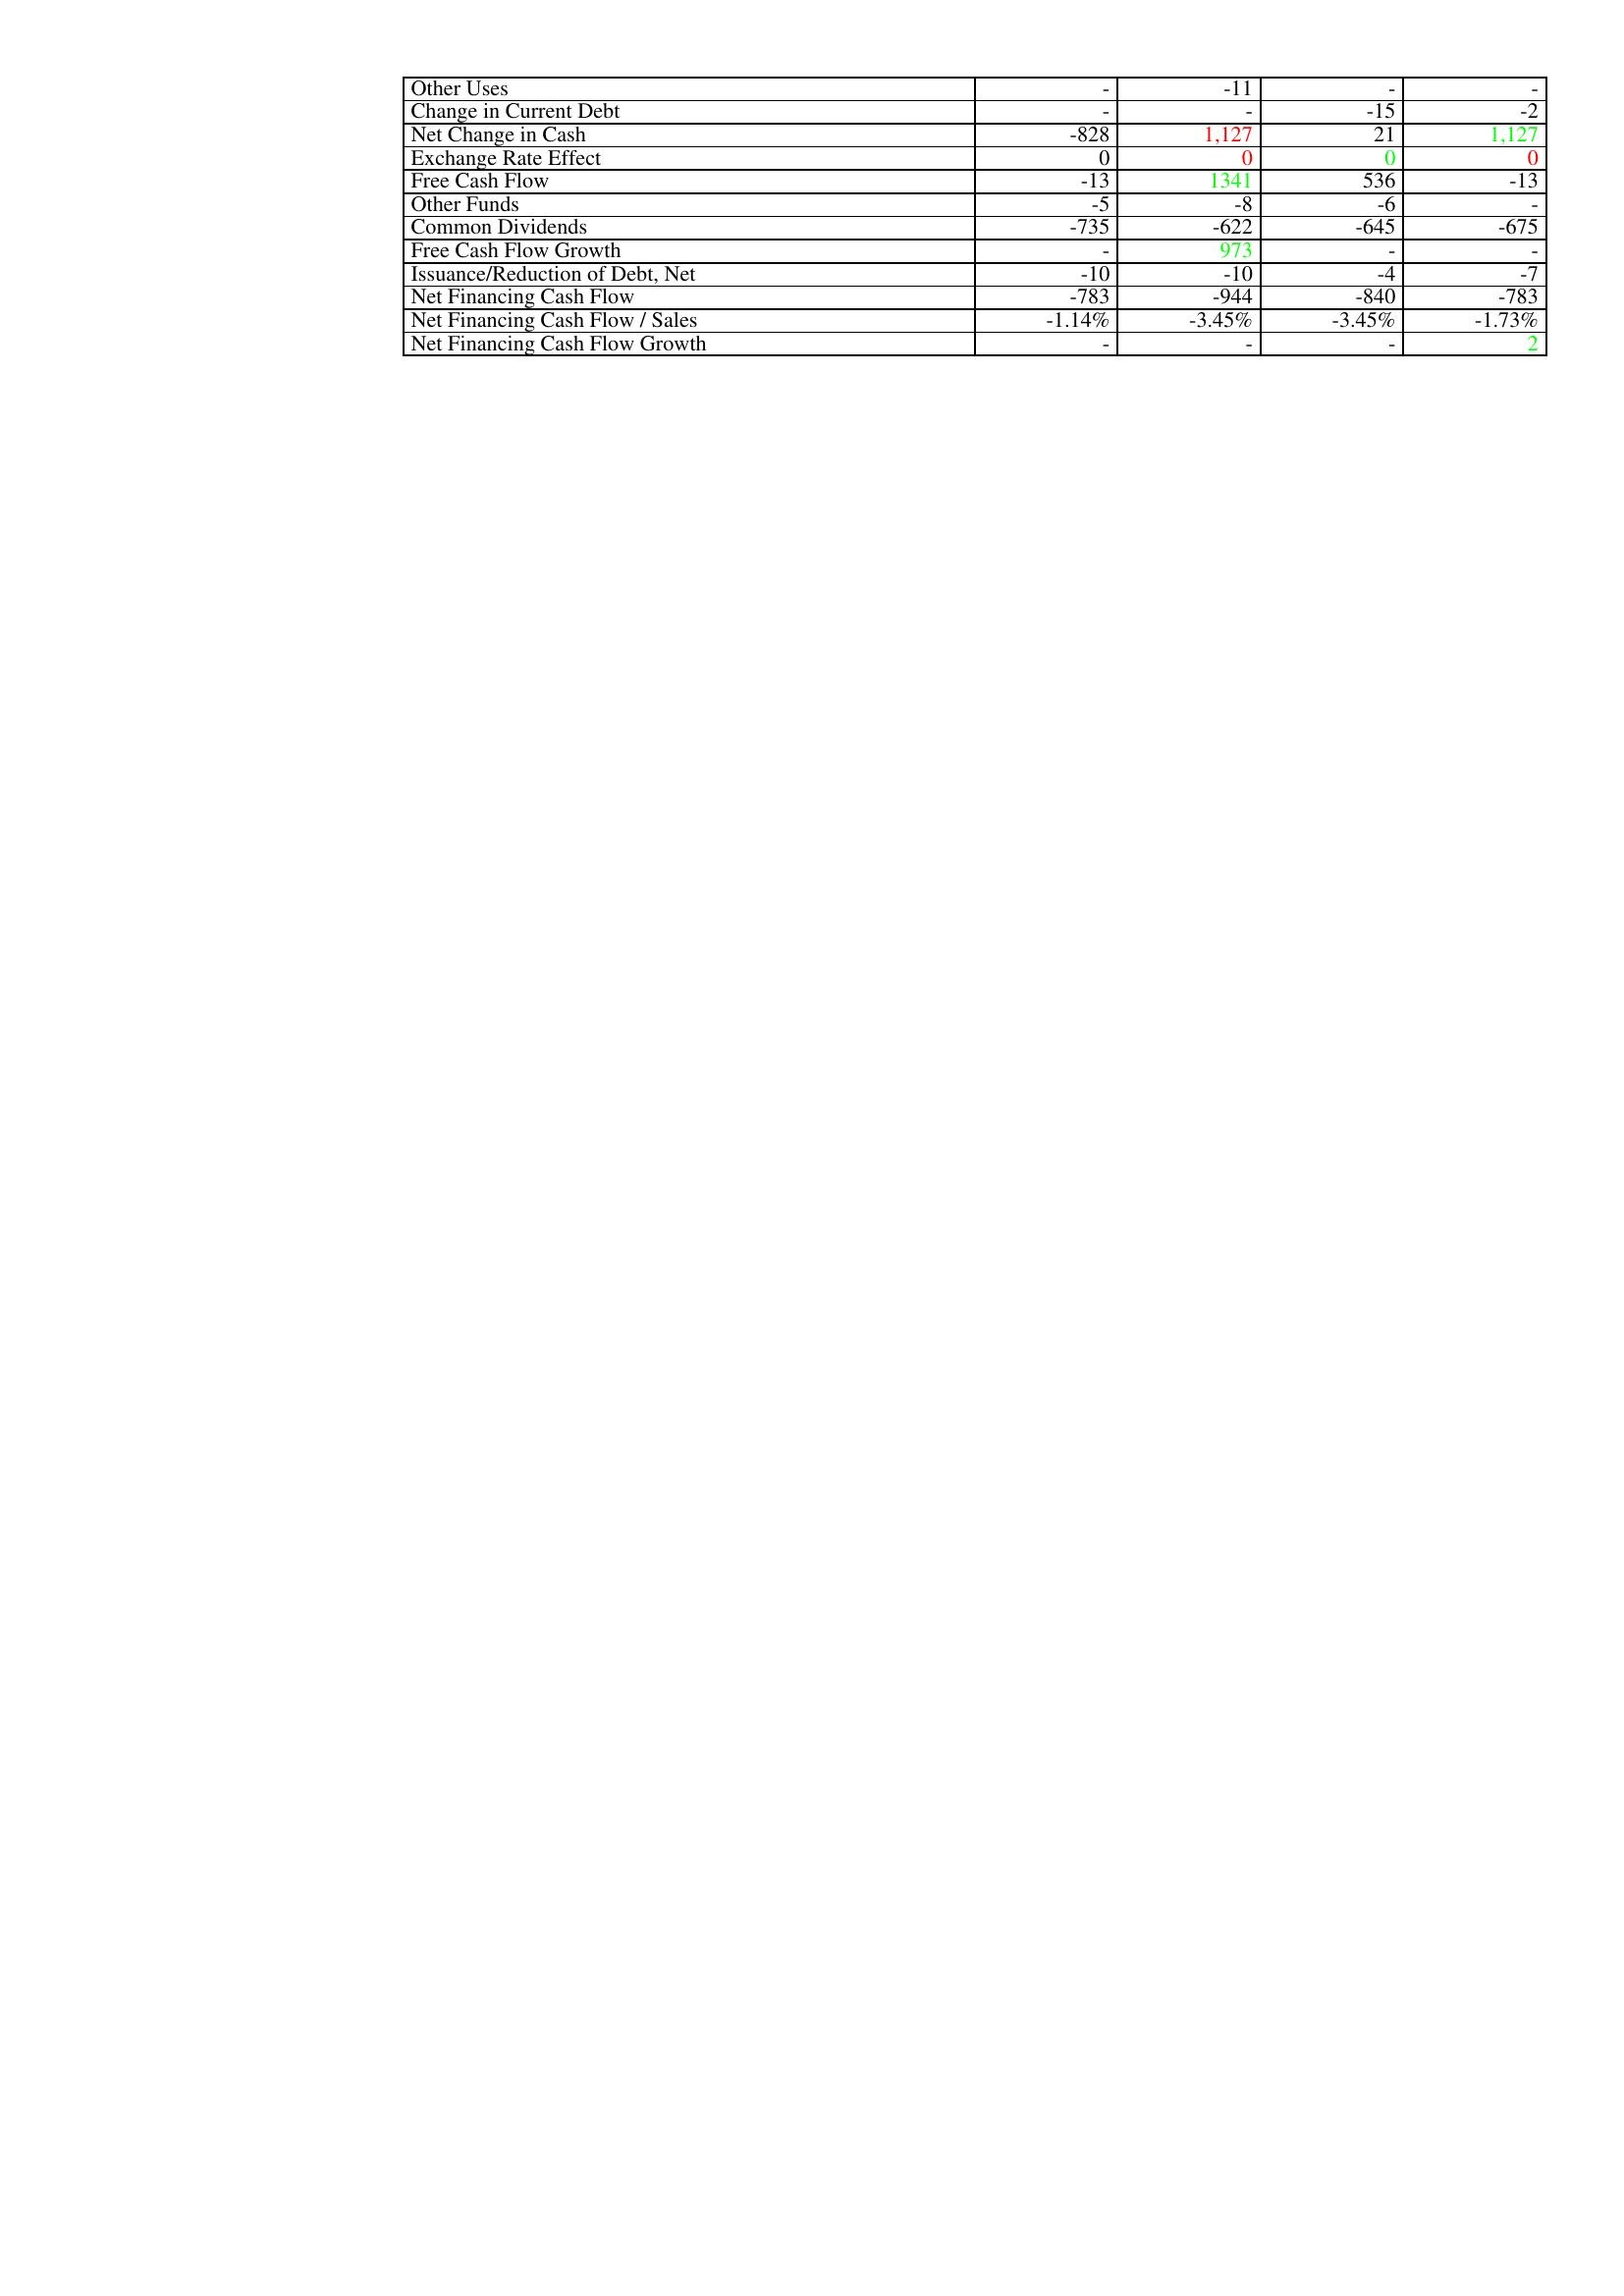
gt_parse: 2018: Financing Activities: Other Uses: -
Change in Current Debt: -
Net Change in Cash: -828
Exchange Rate Effect: 0
Free Cash Flow: -13
Other Funds: -5
Common Dividends: -735
Free Cash Flow Growth: -
Issuance/Reduction of Debt, Net: -10
Net Financing Cash Flow: -783
Net Financing Cash Flow / Sales: -1.14%
Net Financing Cash Flow Growth: -
2017: Financing Activities: Other Uses: -11
Change in Current Debt: -
Net Change in Cash: 1,127
Exchange Rate Effect: 0
Free Cash Flow: 1341
Other Funds: -8
Common Dividends: -622
Free Cash Flow Growth: 973
Issuance/Reduction of Debt, Net: -10
Net Financing Cash Flow: -944
Net Financing Cash Flow / Sales: -3.45%
Net Financing Cash Flow Growth: -
2016: Financing Activities: Other Uses: -
Change in Current Debt: -15
Net Change in Cash: 21
Exchange Rate Effect: 0
Free Cash Flow: 536
Other Funds: -6
Common Dividends: -645
Free Cash Flow Growth: -
Issuance/Reduction of Debt, Net: -4
Net Financing Cash Flow: -840
Net Financing Cash Flow / Sales: -3.45%
Net Financing Cash Flow Growth: -
2015: Financing Activities: Other Uses: -
Change in Current Debt: -2
Net Change in Cash: 1,127
Exchange Rate Effect: 0
Free Cash Flow: -13
Other Funds: -
Common Dividends: -675
Free Cash Flow Growth: -
Issuance/Reduction of Debt, Net: -7
Net Financing Cash Flow: -783
Net Financing Cash Flow / Sales: -1.73%
Net Financing Cash Flow Growth: 2